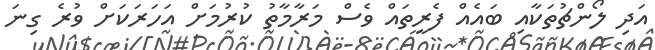
އަދި ލޯންޗުތަކާއި ބައެއް ފެރީތައް ވެސް މަރާމާތު ކުރުމަށް އަހަރަކަށް ވުރެ ގިނަ